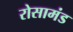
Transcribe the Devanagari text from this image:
रोसामंड